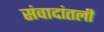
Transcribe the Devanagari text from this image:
संवादांतली